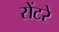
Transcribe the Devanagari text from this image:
सेंटरे